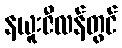
နယူးဇီလန်တွင်